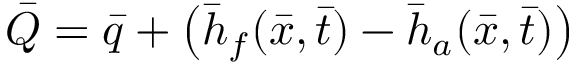
\bar { Q } = \bar { q } + \left( \bar { h } _ { f } ( \bar { x } , \bar { t } ) - \bar { h } _ { a } ( \bar { x } , \bar { t } ) \right)